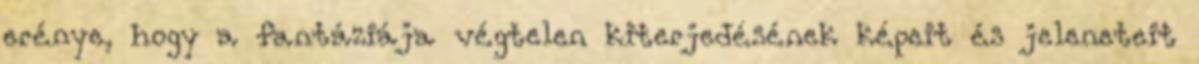
erénye, hogy a fantáziája végtelen kiterjedésének képeit és jeleneteit